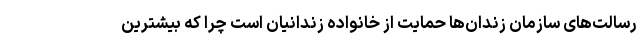
رسالت‌های سازمان زندان‌ها حمایت از خانواده زندانیان است چرا که بیشترین